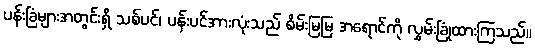
ပန်းခြံများအတွင်းရှိ သစ်ပင်၊ ပန်းပင်အားလုံးသည် စိမ်းမြမြ အရောင်ကို လွှမ်းခြုံထားကြသည်။